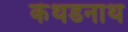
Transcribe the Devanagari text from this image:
कंथडनाथ